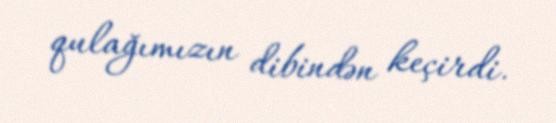
qulağımızın dibindən keçirdi.